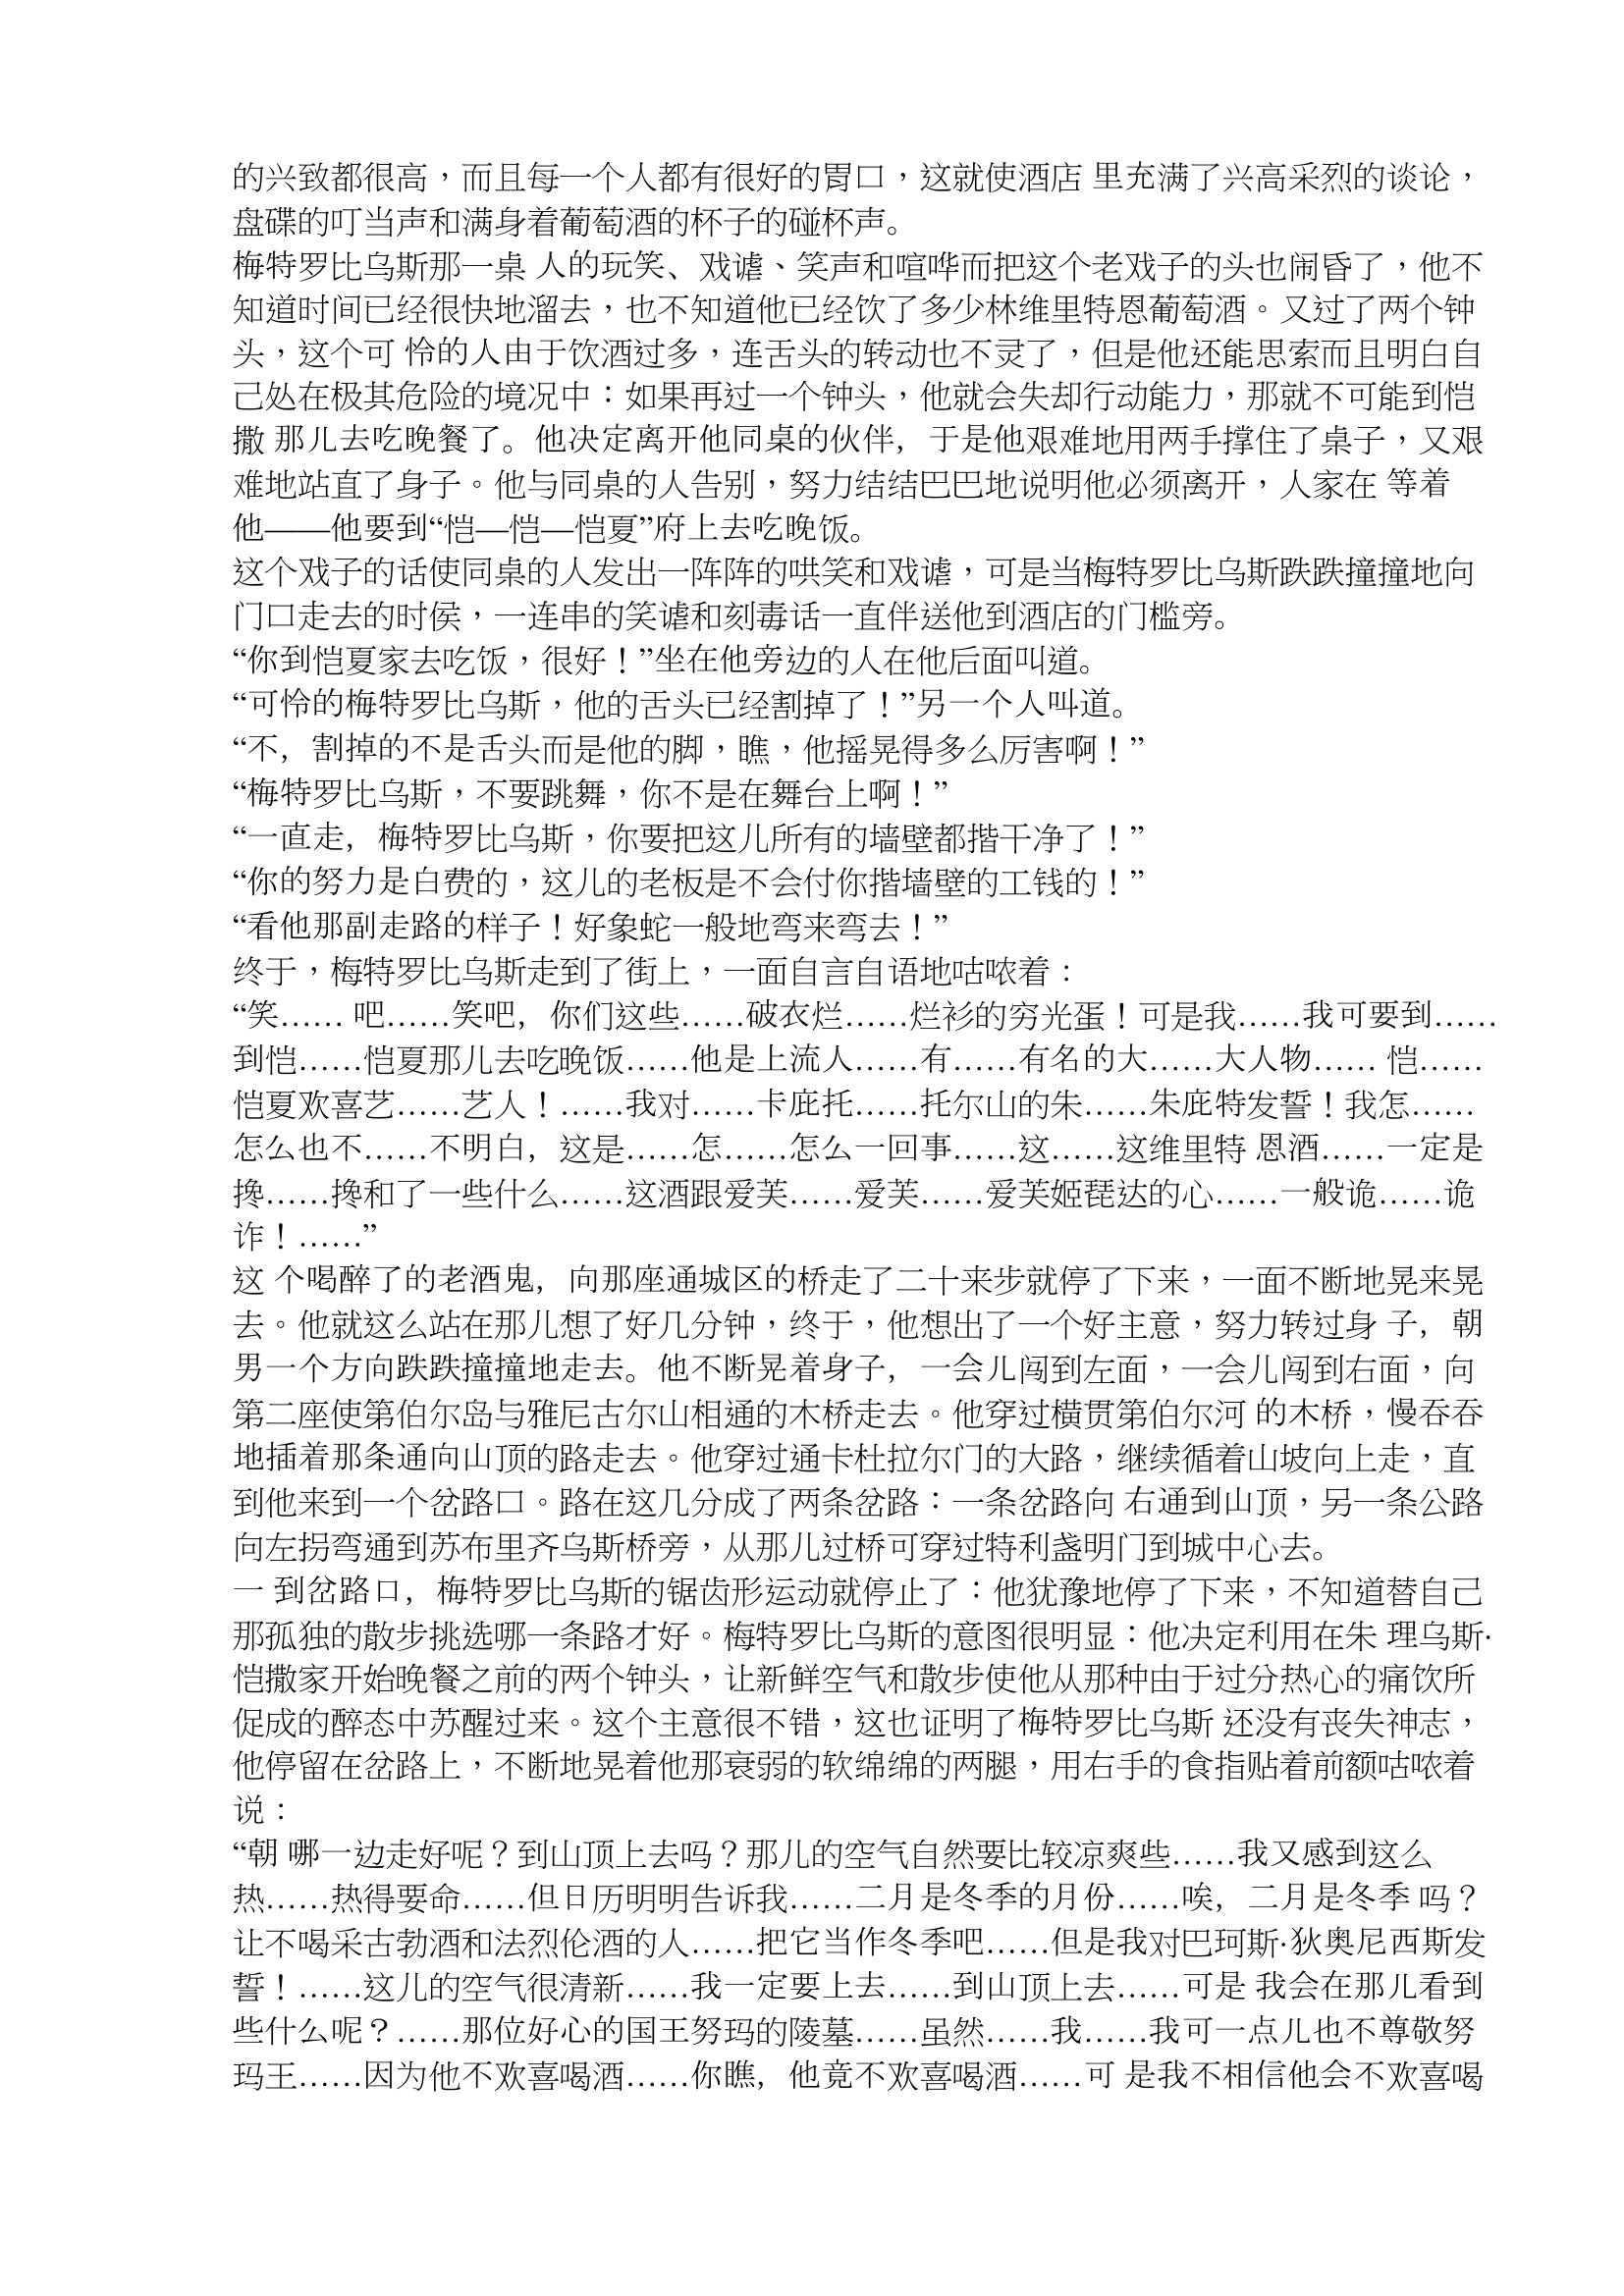
Language: zh